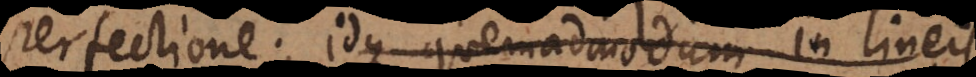
perfectione; idque quemadmodum in lineis